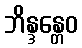
ဘိန္ဒန္တေဝ